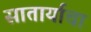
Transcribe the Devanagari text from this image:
सातार्याचा